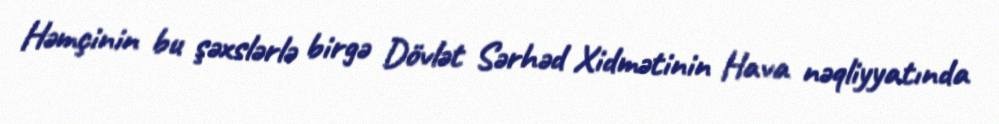
Həmçinin bu şəxslərlə birgə Dövlət Sərhəd Xidmətinin Hava nəqliyyatında